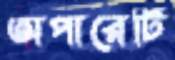
অপারের্টি